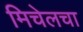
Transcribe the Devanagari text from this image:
मिचेलचा